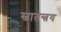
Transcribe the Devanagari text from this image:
स्वातन्त्रय